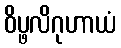
ဝိပ္ဖလိဂုဟာယံ